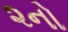
૨નો